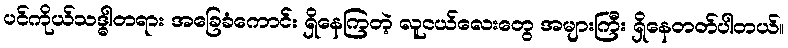
ပင်ကိုယ်သဒ္ဓါတရား အခြေခံကောင်း ရှိနေကြတဲ့ လူငယ်လေးတွေ အများကြီး ရှိနေတတ်ပါတယ်။